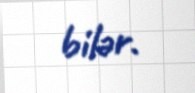
bilər.